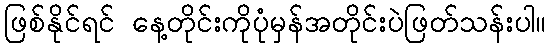
ဖြစ်နိုင်ရင် နေ့တိုင်းကိုပုံမှန်အတိုင်းပဲဖြတ်သန်းပါ။